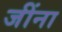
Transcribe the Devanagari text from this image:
जींना